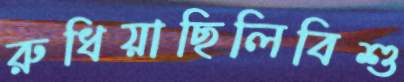
রুধিয়াছিলিবিশু